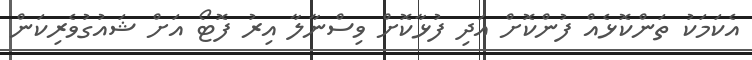
އެކަމަކު ތަންކޮޅެއް ފުންކޮށް އަދި ފުޅާކޮށް ވިސްނާލާ އިރު ފޮޓޯ އަށް ޝައުގުވެރިކަން